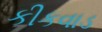
કીકવાડ